Investigations on Bengal jail dietaries - Number 37
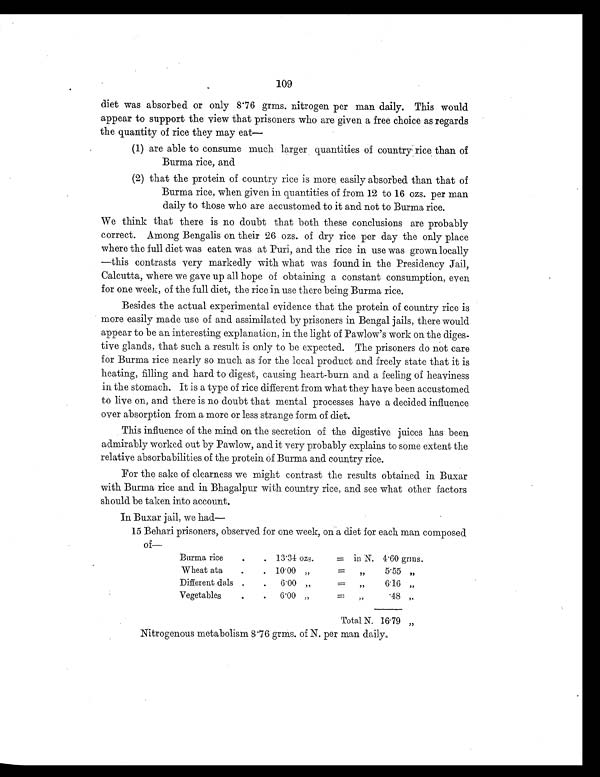
109
diet was absorbed or only 8.76 grms. nitrogen per man daily. This would
appear to support the view that prisoners who are given a free choice as regards
the quantity of rice they may eat—
(1) are able to consume much larger quantities of country rice than of
Burma rice, and
(2) that the protein of country rice is more easily absorbed than that of
Burma rice, when given in quantities of from 12 to 16 ozs. per man
daily to those who are accustomed to it and not to Burma rice.
We think that there is no doubt that both these conclusions are probably
correct. Among Bengalis on their 26 ozs. of dry rice per day the only place
where the full diet was eaten was at Puri, and the rice in use was grown locally
—this contrasts very markedly with what was found in the Presidency Jail,
Calcutta, where we gave up all hope of obtaining a constant consumption, even
for one week, of the full diet, the rice in use there being Burma rice.
Besides the actual experimental evidence that the protein of country rice is
more easily made use of and assimilated by prisoners in Bengal jails, there would
appear to be an interesting explanation, in the light of Pawlow's work on the diges-
tive glands, that such a result is only to be expected. The prisoners do not care
for Burma rice nearly so much as for the local product and freely state that it is
heating, filling and hard to digest, causing heart-burn and a feeling of heaviness
in the stomach. It is a type of rice different from what they have been accustomed
to live on, and there is no doubt that mental processes have a decided influence
over absorption from a more or less strange form of diet.
This influence of the mind on the secretion of the digestive juices has been
admirably worked out by Pawlow, and it very probably explains to some extent the
relative absorbabilities of the protein of Burma and country rice.
For the sake of clearness we might contrast the results obtained in Buxar
with Burma rice and in Bhagalpur with country rice, and see what other factors
should be taken into account.
In Buxar jail, we had
—
15 Behari prisoners, observed for one week, on a diet for each man composed
o f
—
Burma rice
. . 13.34 ozs.
= in N. 4.60 grms.
Wheat ata
.
. 10.00 „
=
„ 5.55 „
Different dals .
.
6.00 „
=
„
6.16 „
Vegetable
.
.
6.00 „
= „
.48 „
Total N. 16.79 „
Nitrogenous metabolism 8.76 grms. of N. per man daily.